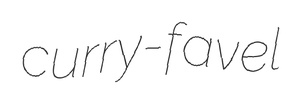
curry-favel